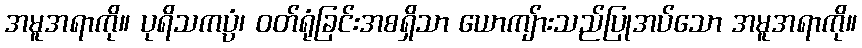
အမူအရာကို။ ပုရိသကပ္ပံ၊ ဝတ်ရုံခြင်းအစရှိသာ ယောကျ်ားသည်ပြုအပ်သော အမူအရာကို။